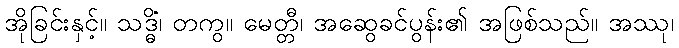
အိုခြင်းနှင့်။ သဒ္ဓိံ၊ တကွ။ မေတ္တီ၊ အဆွေခင်ပွန်း၏ အဖြစ်သည်။ အဿု၊